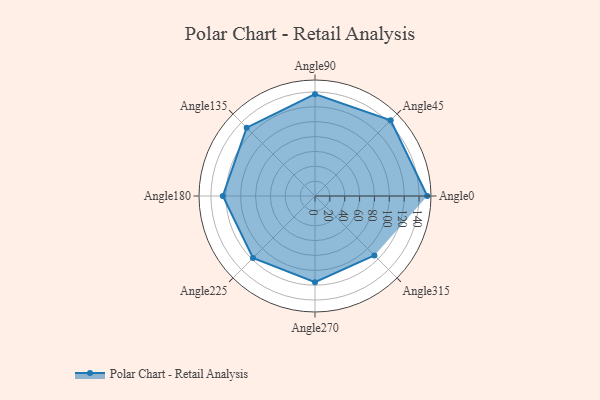
{"axis": {"x": "Angle", "y": "Radius"}, "legend": [""], "data": [{"x": "Angle0", "y": 151.0, "type": ""}, {"x": "Angle45", "y": 144.0, "type": ""}, {"x": "Angle90", "y": 137.0, "type": ""}, {"x": "Angle135", "y": 130.0, "type": ""}, {"x": "Angle180", "y": 124.0, "type": ""}, {"x": "Angle225", "y": 118.0, "type": ""}, {"x": "Angle270", "y": 116.0, "type": ""}, {"x": "Angle315", "y": 113.0, "type": ""}]}